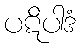
ပဋိပါဒံ